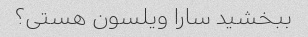
ببخشید سارا ویلسون هستی؟